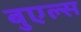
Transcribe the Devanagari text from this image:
बुएल्स